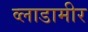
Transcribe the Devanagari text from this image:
व्लाडामीर